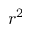
r ^ { 2 }